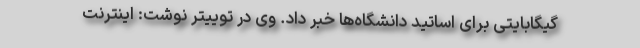
گیگابایتی برای اساتید دانشگاه‌ها خبر داد. وی در توییتر نوشت: اینترنت